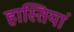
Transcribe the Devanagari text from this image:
हास्तियां